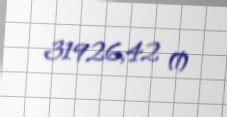
31926,42 ₼